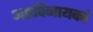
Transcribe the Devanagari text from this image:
अष्टविनायकां